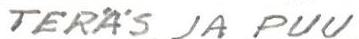
TERÄS JA PUU